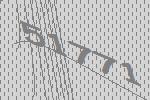
51771